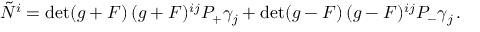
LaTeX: \tilde { N } ^ { i } = \operatorname * { d e t } ( g + { \cal F } ) \, ( g + { \cal F } ) ^ { i j } { \cal P } _ { + } \gamma _ { j } + \operatorname * { d e t } ( g - { \cal F } ) \, ( g - { \cal F } ) ^ { i j } { \cal P } _ { - } \gamma _ { j } \, .